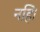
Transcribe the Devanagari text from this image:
नहिं।